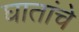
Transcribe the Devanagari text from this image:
घातांचे